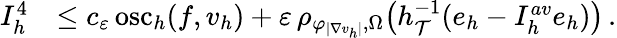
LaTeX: \begin{array}{r}{\begin{array}{rl}{I_{h}^{4}}&{\leq c_{\varepsilon}\, \mathrm{osc}_{h}(f,v_{h})+\varepsilon\, \rho_{\varphi_{\vert\nabla v_{h}\vert},\Omega}\big(h_{\mathcal{T}}^{-1}(e_{h}-I_{h}^{\textit{av}}e_{h})\big)\, .}\end{array}}\end{array}